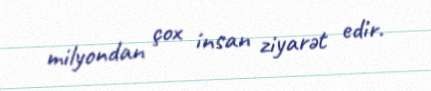
milyondan çox insan ziyarət edir.